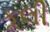
કૂલી